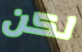
لكن